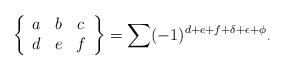
LaTeX: \begin{align*}\left\{\begin{array}[c]{ccc}a & b & c\\d & e & f\end{array}\right\} =\sum(-1)^{d+e+f+\delta+\epsilon+\phi}{}_{\cdot} \end{align*}